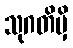
သုဂတိမှိ